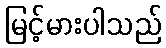
မြင့်မားပါသည်